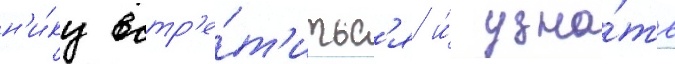
н'и́ку встр'е́т'итьс'я и́ узна́ть